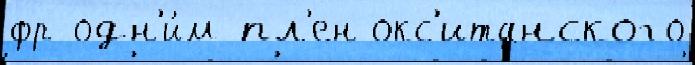
фр одн'и́м пл'ен окс'итанского